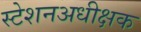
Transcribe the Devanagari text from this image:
स्टेशनअधीक्षक